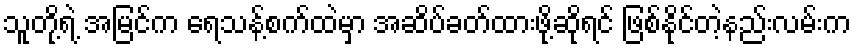
သူတို့ရဲ့ အမြင်က ရေသန့်စက်ထဲမှာ အဆိပ်ခတ်ထားဖို့ဆိုရင် ဖြစ်နိုင်တဲ့နည်းလမ်းက